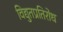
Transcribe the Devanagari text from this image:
विद्युतप्रतिरोध